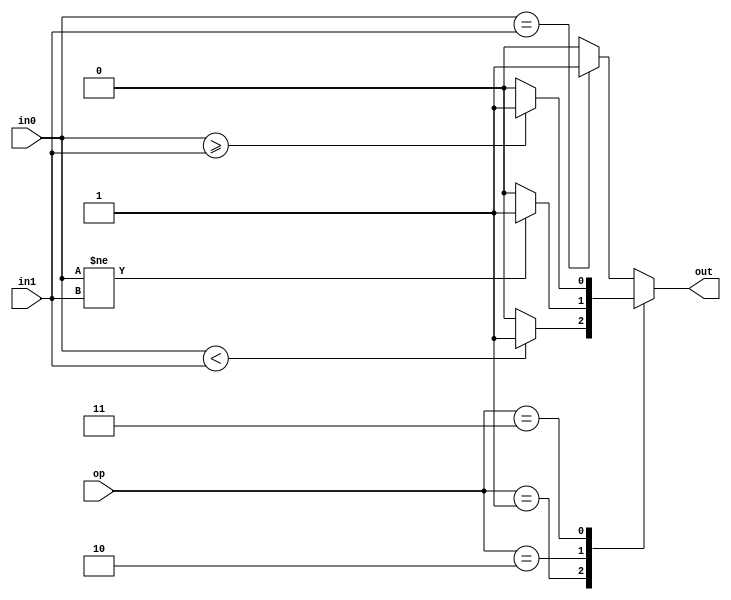
module C_Comparator (op, in0, in1, out);

	input [1:0] op;
	
	input [15:0] in0;
	input [15:0] in1;
	
	output reg out;
	
	
	always @ * begin
		
		out = 0;
	
		case (op)
					
			default: if(in0 == in1) out = 1'b1;		
		
			2'b01: if(in0 < in1) out = 1'b1;
			
			2'b10: if (in0 != in1) out = 1'b1;
				
			2'b11: if (in0 >= in1) out = 1'b1;
			
		endcase
	
	end
	
endmodule